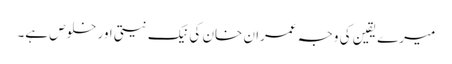
میرے یقین کی وجہ عمران خان کی نیک نیتی اور خلوص ہے۔